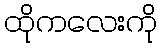
ထိုကလေးကို